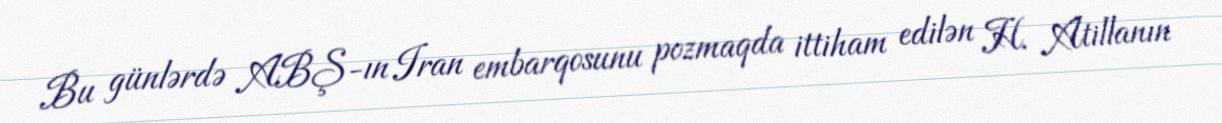
Bu günlərdə ABŞ-ın Iran embarqosunu pozmaqda ittiham edilən H. Atillanın